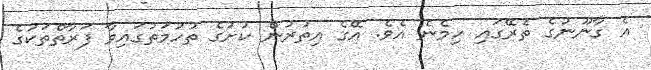
އެ ގާނޫނުގެ ތެރޭގައި ހިމެނެ އެވެ. އޭގެ އިތުރުން ކުށުގެ ތުހުމަތުގައިވާ ފަރާތްތަކުގެ